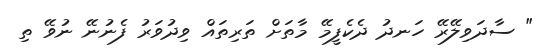
" ސާދަވިލޭރޭ ހަނދު ދެކެފީމޭ މާތަށް ތަރިތައް ވިދުވަރު ފެނުނޭ ނުވޭ ތި